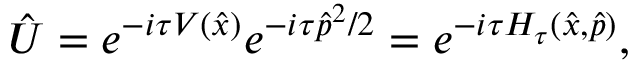
\hat { U } = e ^ { - i \tau V ( \hat { x } ) } e ^ { - i \tau \hat { p } ^ { 2 } / 2 } = e ^ { - i \tau H _ { \tau } ( \hat { x } , \hat { p } ) } ,